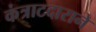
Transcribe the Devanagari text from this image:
कंत्राटदाराने